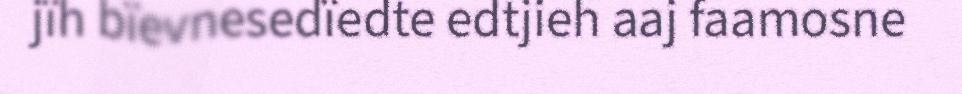
jïh bïevnesedïedte edtjieh aaj faamosne